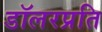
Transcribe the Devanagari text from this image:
डॉलरप्रति